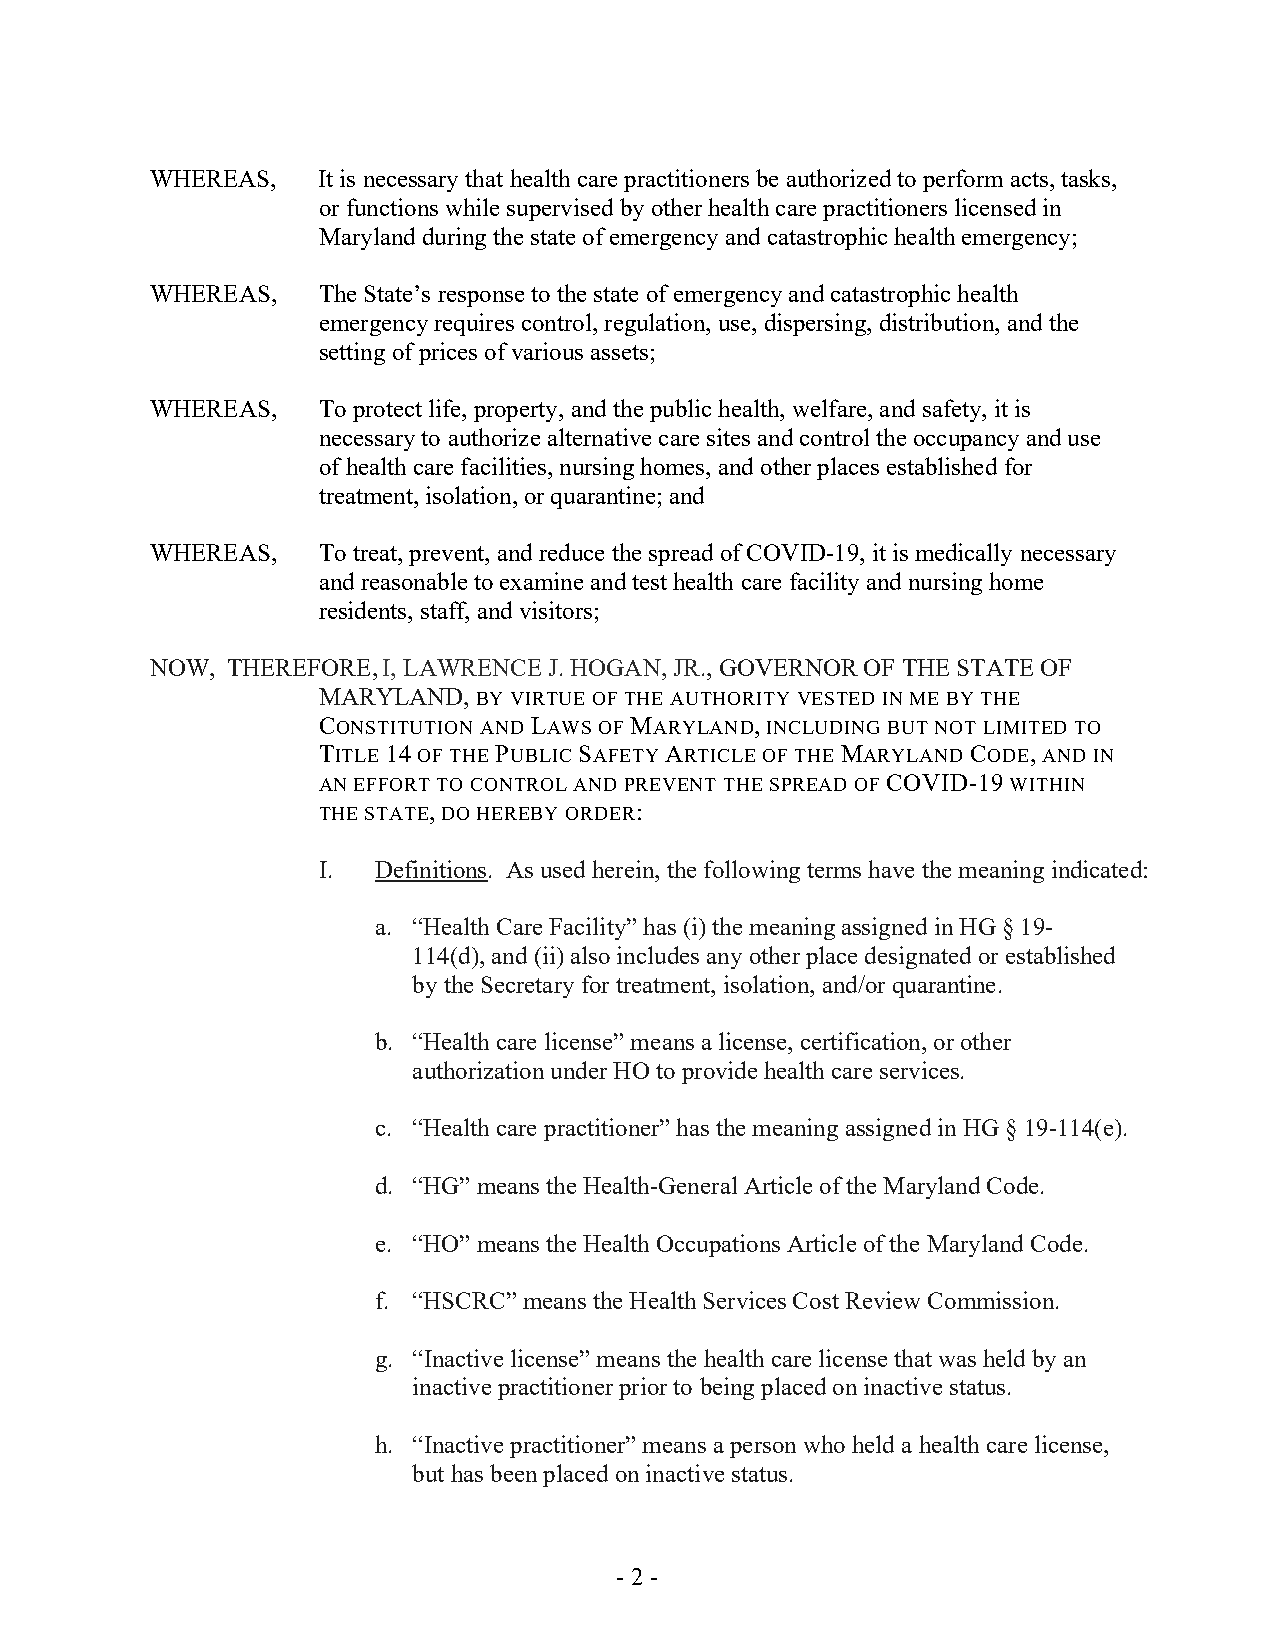
WHEREAS,   It is necessary that health care practitioners be authorized to perform acts, tasks,
 or functions while supervised by other health care practitioners licensed in
 Maryland during the state of emergency and catastrophic health emergency;
 WHEREAS,   The State’s response to the state of emergency and catastrophic health
 emergency requires control, regulation, use, dispersing, distribution, and the
 setting of prices of various assets;
 WHEREAS,   To protect life, property, and the public health, welfare, and safety, it is
 necessary to authorize alternative care sites and control the occupancy and use
 of health care facilities, nursing homes, and other places established for
 treatment, isolation, or quarantine; and
 WHEREAS,   To treat, prevent, and reduce the spread of COVID-19, it is medically necessary
 and reasonable to examine and test health care facility and nursing home
 residents, staff, and visitors;
 NOW, THEREFORE, I, LAWRENCE J. HOGAN, JR., GOVERNOR OF THE STATE OF
 MARYLAND,  BY VIRTUE OF THE AUTHORITY VESTED IN ME BY THE
 CONSTITUTION AND LAWS OF MARYLAND, INCLUDING BUT NOT LIMITED TO
 TITLE 14 OF THE PUBLIC SAFETY ARTICLE OF THE MARYLAND CODE, AND IN
 AN EFFORT TO CONTROL AND PREVENT THE SPREAD OF COVID-19 WITHIN
 THE STATE, DO HEREBY ORDER:
 I.  Definitions. As used herein, the following terms have the meaning indicated:
 a. “Health Care Facility” has (i) the meaning assigned in HG § 19-
 114(d), and (ii) also includes any other place designated or established
 by the Secretary for treatment, isolation, and/or quarantine.
 b. “Health care license” means a license, certification, or other
 authorization under HO to provide health care services.
 c. “Health care practitioner” has the meaning assigned in HG § 19-114(e).
 d. “HG” means the Health-General Article of the Maryland Code.
 e. “HO” means the Health Occupations Article of the Maryland Code.
 f. “HSCRC” means the Health Services Cost Review Commission.
 g. “Inactive license” means the health care license that was held by an
 inactive practitioner prior to being placed on inactive status.
 h. “Inactive practitioner” means a person who held a health care license,
 but has been placed on inactive status.
 - 2 -